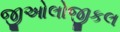
જીઓલોજીકલ